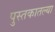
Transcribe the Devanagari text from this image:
पुस्‍तकातल्या